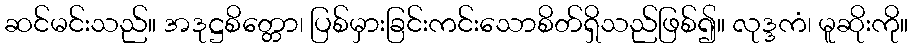
ဆင်မင်းသည်။ အဒုဋ္ဌစိတ္တော၊ ပြစ်မှားခြင်းကင်းသောစိတ်ရှိသည်ဖြစ်၍။ လုဒ္ဒကံ၊ မူဆိုးကို။